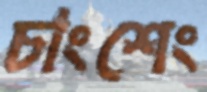
চাংশেং